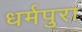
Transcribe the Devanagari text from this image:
धर्मपुरा